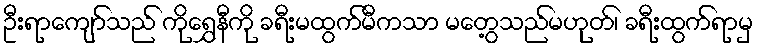
ဦးရာကျော်သည် ကိုရွှေနီကို ခရီးမထွက်မီကသာ မတွေ့သည်မဟုတ်၊ ခရီးထွက်ရာမှ